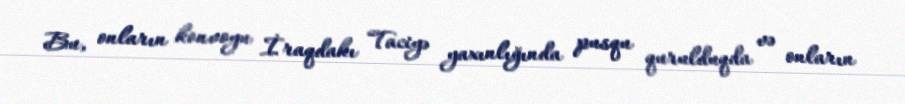
Bu, onların konvoyu İraqdakı Taciyə yaxınlığında pusqu qurulduqda və onların